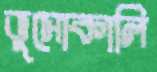
ভুসোকালি